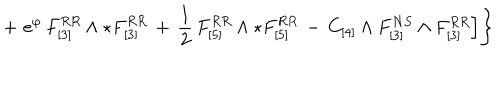
LaTeX: + \, \, \mathrm { e } ^ { \varphi } \, { F } _ { [ 3 ] } ^ { R R } \wedge \star { F } _ { [ 3 ] } ^ { R R } \, + \, \frac { 1 } { 2 } \, { F } _ { [ 5 ] } ^ { R R } \wedge \star { F } _ { [ 5 ] } ^ { R R } \, - \, C _ { [ 4 ] } \wedge F _ { [ 3 ] } ^ { N S } \wedge F _ { [ 3 ] } ^ { R R } \Big ] \Bigg \}